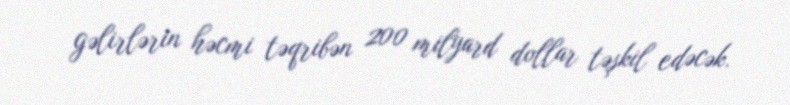
gəlirlərin həcmi təqribən 200 milyard dollar təşkil edəcək.